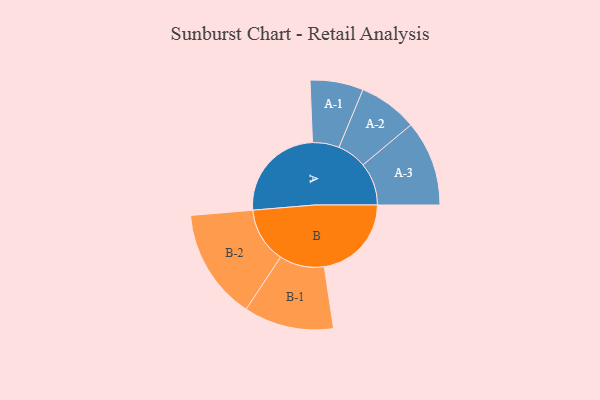
{"axis": {"x": "Segment", "y": "Value"}, "legend": ["", "A", "B"], "data": [{"x": "A", "y": 443, "type": ""}, {"x": "B", "y": 390, "type": ""}, {"x": "A-1", "y": 119, "type": "A"}, {"x": "A-2", "y": 132, "type": "A"}, {"x": "A-3", "y": 191, "type": "A"}, {"x": "B-1", "y": 201, "type": "B"}, {"x": "B-2", "y": 248, "type": "B"}]}